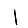
Digit: 1